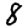
Digit: 8